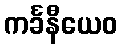
ကင်္ခနီယေဝ